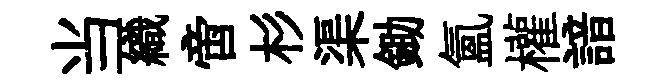
当織啻杉渠鋤氳權諳